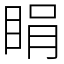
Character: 睊